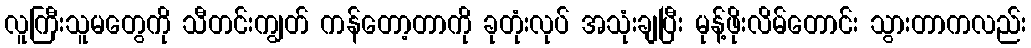
လူကြီးသူမတွေကို သီတင်းကျွတ် ကန်တော့တာကို ခုတုံးလုပ် အသုံးချပြီး မုန့်ဖိုးလိမ်တောင်း သွားတာကလည်း